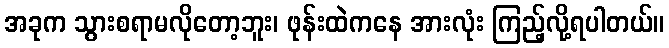
အခုက သွားစရာမလိုတော့ဘူး၊ ဖုန်းထဲကနေ အားလုံး ကြည့်လို့ရပါတယ်။